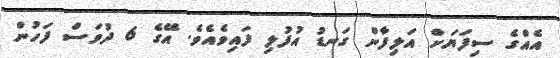
އެއްގެ ސިފަޔަށް އަލިފާން ގަނޑު އުފުލި ފައިވެއެވެ. އޭގެ 6 ދުވަސް ފަހުން